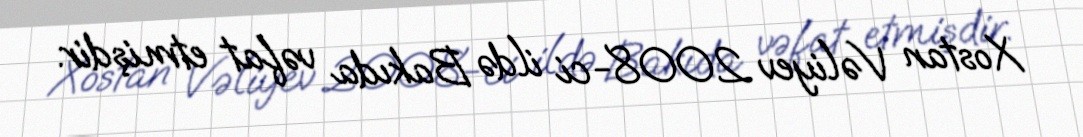
Xostan Vəliyev 2008-ci ildə Bakıda vəfat etmişdir.